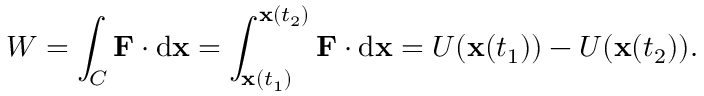
W = \int _ { C } \mathbf { F } \cdot \mathrm { d } \mathbf { x } = \int _ { \mathbf { x } ( t _ { 1 } ) } ^ { \mathbf { x } ( t _ { 2 } ) } \mathbf { F } \cdot \mathrm { d } \mathbf { x } = U ( \mathbf { x } ( t _ { 1 } ) ) - U ( \mathbf { x } ( t _ { 2 } ) ) .